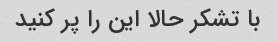
با تشکر حالا این را پر کنید